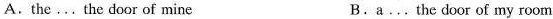
A.the ... the door of mine B.a ... the door of my room